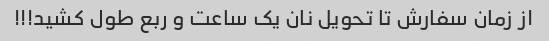
از زمان سفارش تا تحویل نان یک ساعت و ربع طول کشید!!!